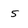
Character: 5